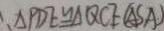
\Delta P D E \cong \Delta Q C E ( A S A )